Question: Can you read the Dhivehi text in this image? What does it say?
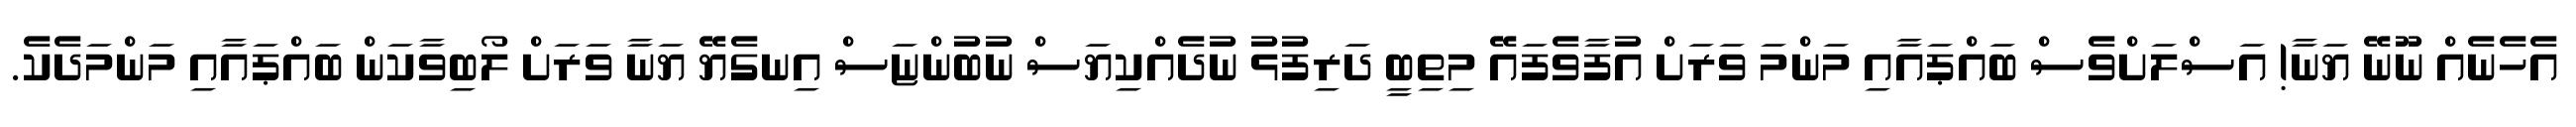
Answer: އެހެނެއް ނޫނޭ ޔަނާ! އަސްލަށްވެސް ބައްޕައާއި މަންމަ ވަރަށް އުފާވެފައޭ މިތިބީ ދަރިފުޅު ނުދެއްކިޔަސް ނުބުންޏަސް އިނގެޔޭ ޔަނާ ވަރަށް ލޯބިވާކަން ބައްޕައާއި މަންމަދެކެ.